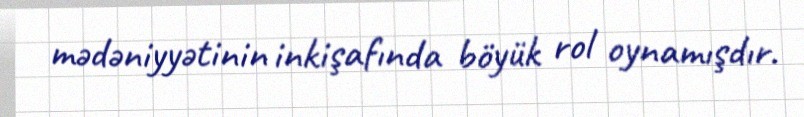
mədəniyyətinin inkişafında böyük rol oynamışdır.